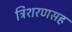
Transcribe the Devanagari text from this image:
त्रिशरणसह